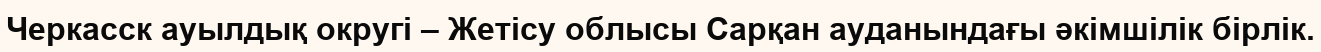
Черкасск ауылдық округі – Жетісу облысы Сарқан ауданындағы әкімшілік бірлік.